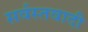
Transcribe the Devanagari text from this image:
सर्वस्तवादी